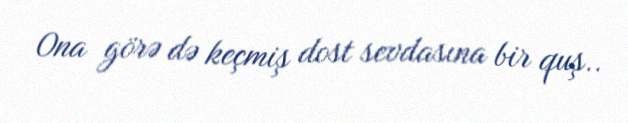
Ona görə də keçmiş dost sevdasına bir quş..